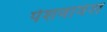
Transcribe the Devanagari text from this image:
पेशवावंश